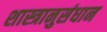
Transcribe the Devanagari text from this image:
शास्त्रानुसंधान